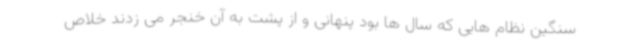
سنگین نظام هایی که سال ها بود پنهانی و از پشت به آن خنجر می زدند خلاص